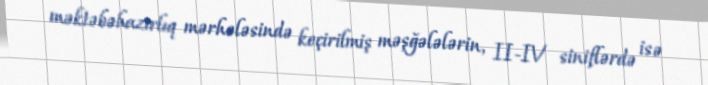
məktəbəhazırlıq mərhələsində keçirilmiş məşğələlərin, II-IV siniflərdə isə